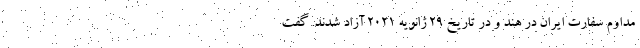
مداوم سفارت ایران در هند و در تاریخ ۲۹ ژانویه ۲۰۲۱ آزاد شدند. گفت